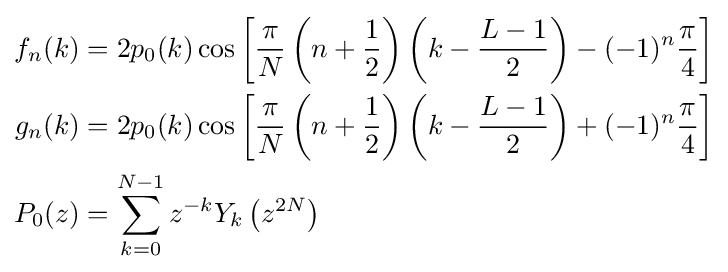
{\begin{aligned}f_{n}(k)&=2p_{0}(k)\cos \left[{\frac {\pi }{N}}\left(n+{\frac {1}{2}}\right)\left(k-{\frac {L-1}{2}}\right)-(-1)^{n}{\frac {\pi }{4}}\right]\\g_{n}(k)&=2p_{0}(k)\cos \left[{\frac {\pi }{N}}\left(n+{\frac {1}{2}}\right)\left(k-{\frac {L-1}{2}}\right)+(-1)^{n}{\frac {\pi }{4}}\right]\\P_{0}(z)&=\sum _{k=0}^{N-1}z^{-k}Y_{k}\left(z^{2N}\right)\end{aligned}}